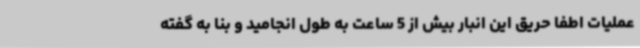
عملیات اطفا حریق این انبار بیش از 5 ساعت به طول انجامید و بنا به گفته